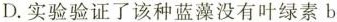
D.实验验证了该种蓝藻没有叶绿素b